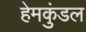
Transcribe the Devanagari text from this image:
हेमकुंडल